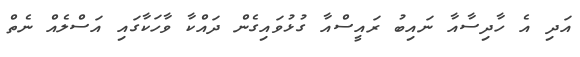
އަދި އެ ހާދިސާއާ ނައިބު ރައީސްއާ ގުޅުވައިގެން ދައްކާ ވާހަކާގައި އަސްލެއް ނެތް